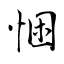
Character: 悃